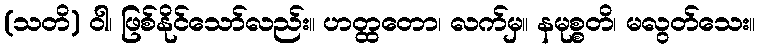
(သတိ) ဝါ၊ ဖြစ်နိုင်သော်လည်း။ ဟတ္ထတော၊ လက်မှ။ နမုစ္စတိ၊ မလွတ်သေး။